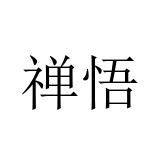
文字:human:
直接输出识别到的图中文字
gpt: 禅悟